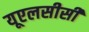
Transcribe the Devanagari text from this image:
यूएलसीसी